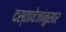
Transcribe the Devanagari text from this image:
दस्तावेजांनुसार